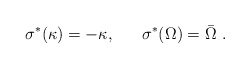
\begin{align*}\sigma^{*}(\kappa) = -\kappa, ~~~~~\sigma^{*}(\Omega) = \bar{\Omega} \ .\end{align*}